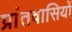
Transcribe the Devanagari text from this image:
प्रांतवासियों